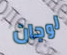
لوجان